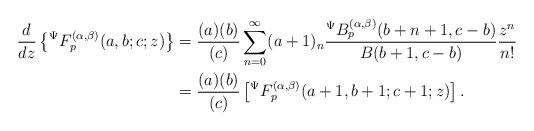
LaTeX: \begin{align*}\frac{d}{dz}\left\lbrace {}^{\Psi}F_{p}^{(\alpha,\beta)}(a,b;c;z)\right\rbrace &=\frac{(a)(b)}{(c)}\sum_{n=0}^{\infty}(a+1)_{n}\frac{{}^{\Psi}B_{p}^{(\alpha,\beta)}(b+n+1,c-b)}{B(b+1,c-b)}\frac{z^{n}}{n!}\\&=\frac{(a)(b)}{(c)}\left[ {}^{\Psi}F_{p}^{(\alpha,\beta)}(a+1,b+1;c+1;z)\right].\end{align*}